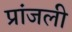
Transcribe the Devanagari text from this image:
प्रांजली